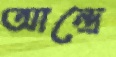
আন্দ্রে